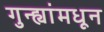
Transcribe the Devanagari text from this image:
गुन्ह्यांमधून